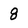
Character: 8